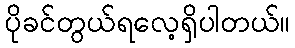
ပိုခင်တွယ်ရလေ့ရှိပါတယ်။